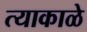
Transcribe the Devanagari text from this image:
त्याकाळे